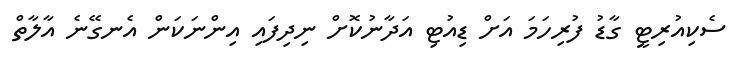
ސެކިއުރިޓީ ގާޑު ފުރިހަމަ އަށް ޑިއުޓި އަދާނުކޮށް ނިދިފައި އިންނަކަން އެނގޭނެ އާލާތް